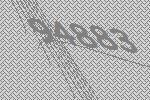
94883